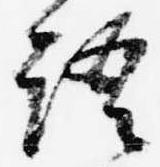
語